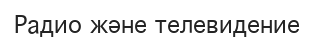
Радио және телевидение